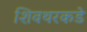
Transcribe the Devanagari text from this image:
शिवथरकडे